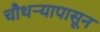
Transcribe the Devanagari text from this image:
चौथऱ्यापासून